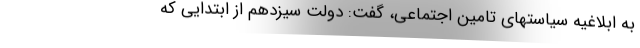
به ابلاغیه سیاستهای تامین اجتماعی، گفت: دولت سیزدهم از ابتدایی که